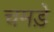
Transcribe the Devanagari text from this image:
चमडे़